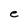
Character: e